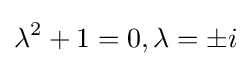
\lambda ^{2}+1=0,\lambda =\pm i